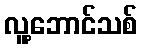
လူ့ဘောင်သစ်